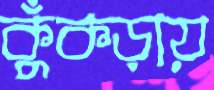
কুঁকড়ায়